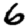
Digit: 6